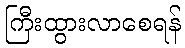
ကြီးထွားလာစေရန်